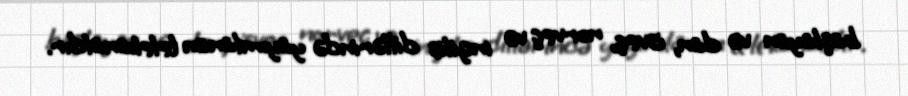
başlayan və dan, isveç, norveç və ingilis dillərində yayımlanan telekanaldır.